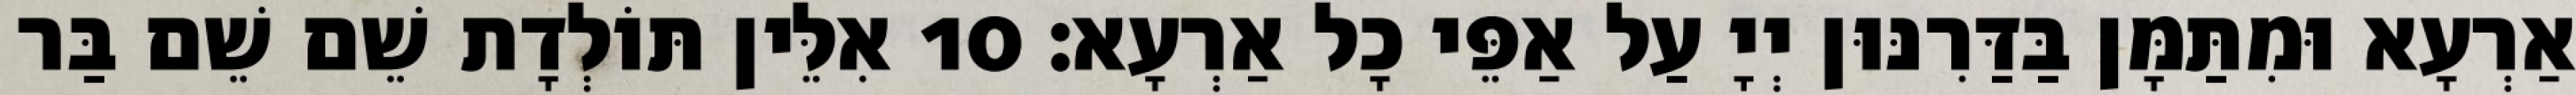
אַרְעָא וּמִתַּמָּן בַּדַּרִנּוּן יְיָ עַל אַפֵּי כָל אַרְעָא׃ 10 אִלֵּין תּוֹלְדָת שֵׁם שֵׁם בַּר